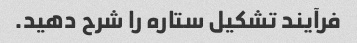
فرآیند تشکیل ستاره را شرح دهید.